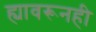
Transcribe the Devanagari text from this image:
ह्यावरूनही